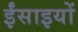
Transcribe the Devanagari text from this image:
ईंसाइयों